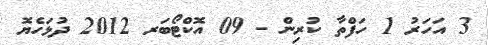
3 އަހަރު 1 ހަފްތާ ކުރިން - 09 އޮކްޓޯބަރ 2012 ދުޅަހެޔޮ